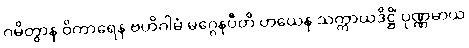
ဂမိတွာန ဝိကာရေန ဗဟိဂါမံ မဂ္ဂေနပီတိ ဟယေန သက္ကာယဒိဋ္ဌိံ ပုဏ္ဏမာယ